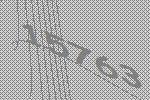
15763